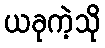
ယခုကဲ့သို